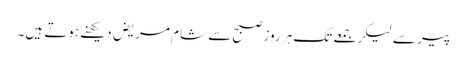
پیر سے لیکر جمعے تک ہر روز صبح سے شام مریض دیکھنے ہوتے ہیں۔